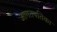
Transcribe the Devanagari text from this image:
आगतपतिका